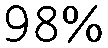
98%